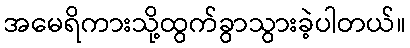
အမေရိကားသို့ထွက်ခွာသွားခဲ့ပါတယ်။